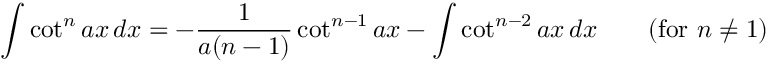
\int \cot ^ { n } a x \, d x = - { \frac { 1 } { a ( n - 1 ) } } \cot ^ { n - 1 } a x - \int \cot ^ { n - 2 } a x \, d x \qquad { \mathrm { ( f o r ~ } } n \neq 1 { \mathrm { ) } }